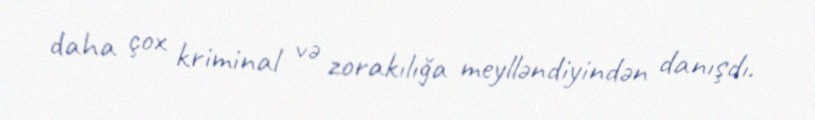
daha çox kriminal və zorakılığa meylləndiyindən danışdı.